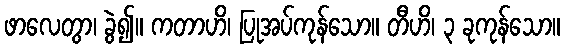
ဖာလေတွာ၊ ခွဲ၍။ ကတာဟိ၊ ပြုအပ်ကုန်သော။ တီဟိ၊ ၃ ခုကုန်သော။